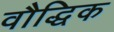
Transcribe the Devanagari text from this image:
वौद्धिक